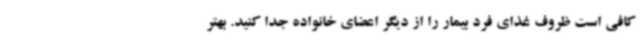
کافی است ظروف غذای فرد بیمار را از دیگر اعضای خانواده جدا کنید. بهتر